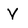
Character: V